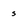
Character: s